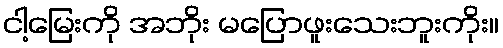
ငါ့မြေးကို အဘိုး မပြောဖူးသေးဘူးကိုး။